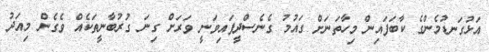
އަޅުގަނޑުމެންގެ ކާބަފައިން މިހާތަނަށް ގައުމު ގެނެސްދީފައިވަނީ ވަރަށް ގިނަ ގުރުބާނީތަކެއް ވެގެން މިއަދު